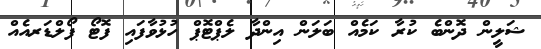
ޝަލީން ދޮންބެ ކުރާ ކަމެއް ބަލަން އިންދާ ލެޕްޓޮޕް ހުޅުވާފައި ފޮޓޯ ފޯލްޑަރއެއް